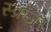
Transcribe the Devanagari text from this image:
स्क्रेजर